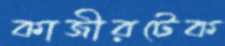
কাজীরটেক